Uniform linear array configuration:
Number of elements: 12
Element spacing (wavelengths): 0.25
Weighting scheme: blackman
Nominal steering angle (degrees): -30
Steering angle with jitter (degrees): -31.454
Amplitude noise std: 0.05
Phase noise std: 0.05

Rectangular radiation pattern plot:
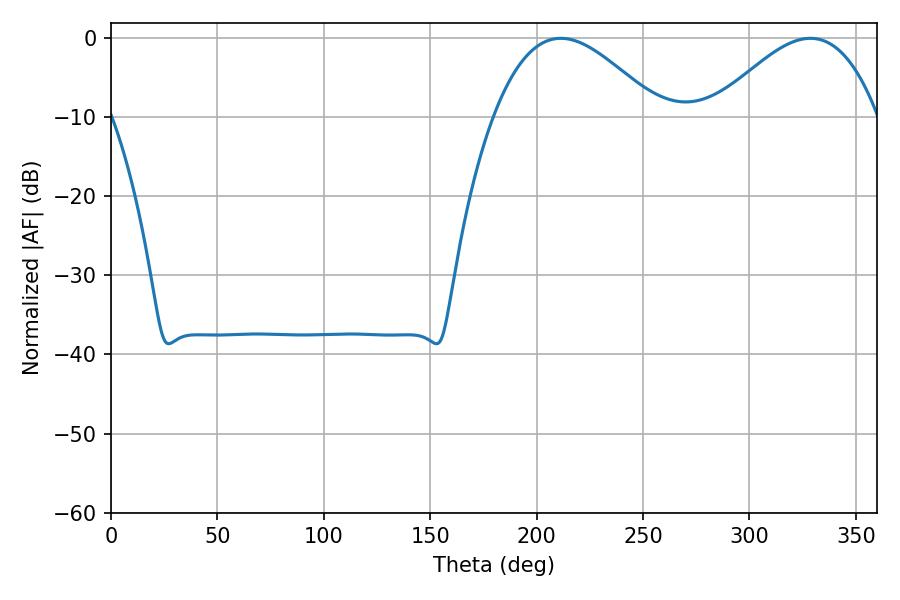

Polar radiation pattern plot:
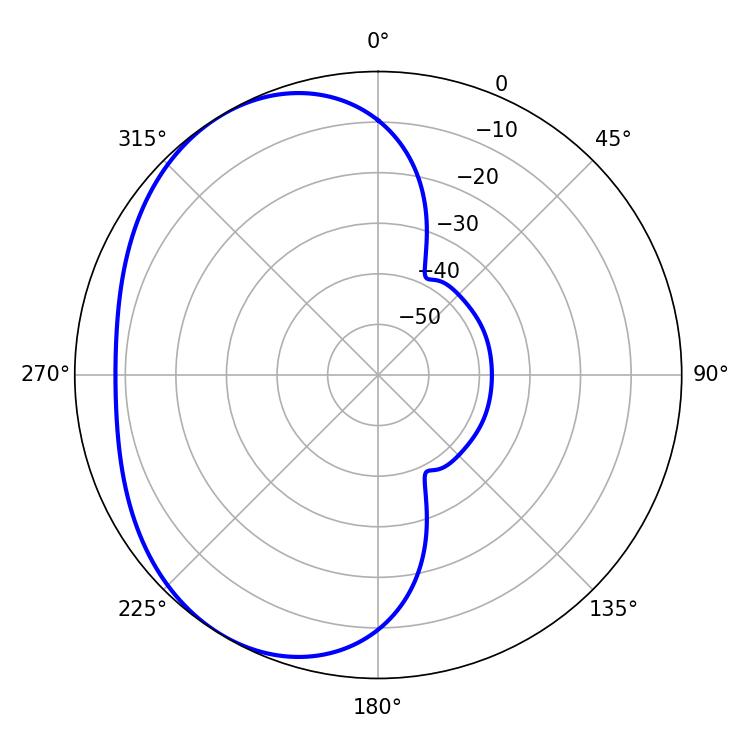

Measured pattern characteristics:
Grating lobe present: FALSE
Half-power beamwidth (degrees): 41.94
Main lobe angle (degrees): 211.32